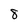
Character: 8